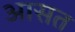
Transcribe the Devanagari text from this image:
आसत